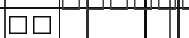
٢٩